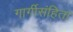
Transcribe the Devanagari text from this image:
गार्गीसंहिता